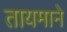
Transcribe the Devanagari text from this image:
तायमाने